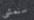
سنمشي